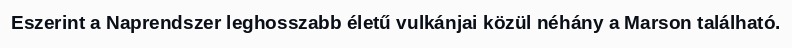
Eszerint a Naprendszer leghosszabb életű vulkánjai közül néhány a Marson található.